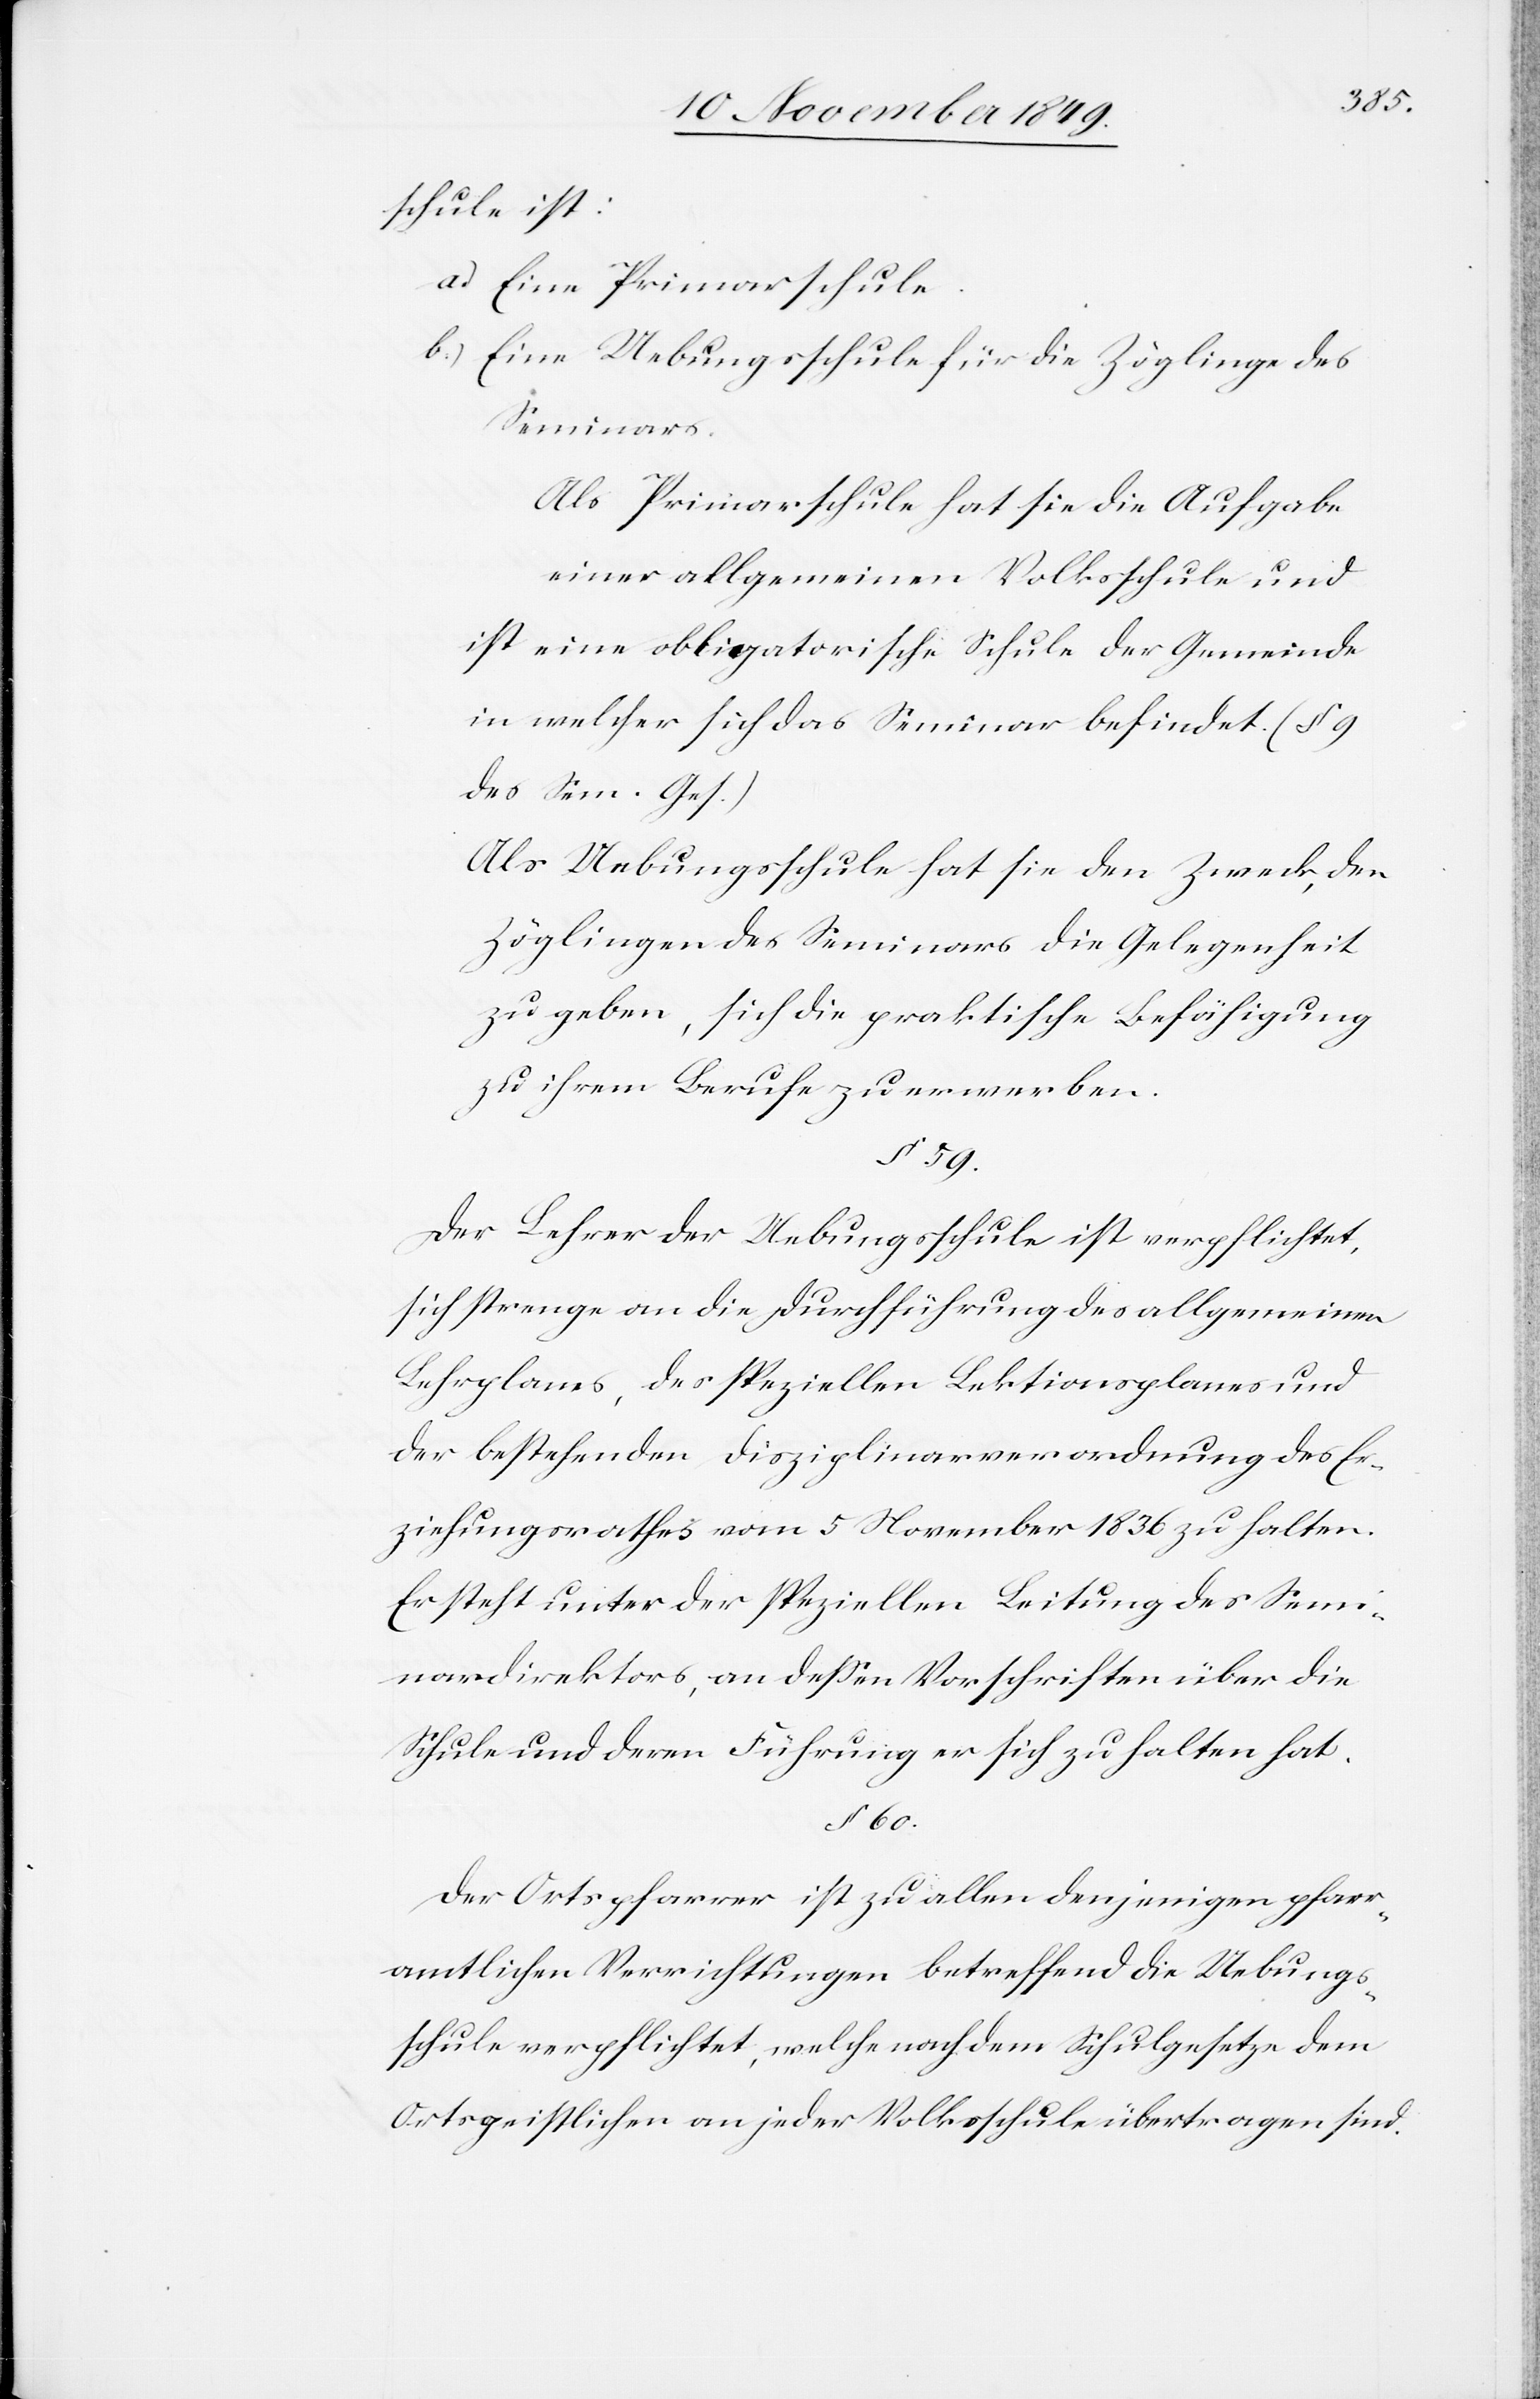
schule ist:
a.) Eine Primarschule.
b.) Eine Uebungsschule für die Zöglinge des
Seminars.
Als Primarschule hat sie die Aufgabe
einer allgemeinen Volksschule und
ist eine obligatorische Schule der Gemeinde
in welcher sich das Seminar befindet. (§ 9
des Sem. Ges.)
Als Uebungsschule hat sie den Zweck, den
Zöglingen des Seminars die Gelegenheit
zu geben, sich die praktische Befähigung
zu ihrem Berufe zu erwerben.
§ 59.
Der Lehrer der Uebungsschule ist verpflichtet,
sich strenge an die Durchführung des allgemeinen
Lehrplanes, des speziellen Lektionsplanes und
der bestehenden Disziplinarverordnung des Er¬
ziehungsrathes vom 5 November 1836 zu halten.
Er steht unter der speziellen Leitung des Semi¬
nardirektors, an deßen Vorschriften über die
Schule und deren Führung er sich zu halten hat.
§ 60.
Der Ortspfarrer ist zu allen denjenigen pfarr¬
amtlichen Verrichtungen betreffend die Uebungs¬
schule verpflichtet, welche nach dem Schulgesetze dem
Ortsgeistlichen an jeder Volksschule übertragen sind.